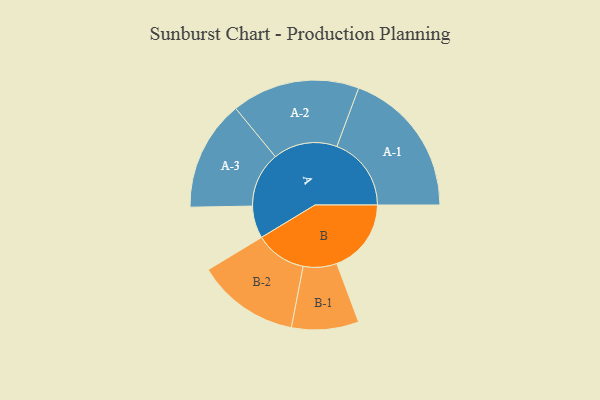
{"axis": {"x": "Segment", "y": "Value"}, "legend": ["", "A", "B"], "data": [{"x": "A", "y": 106, "type": ""}, {"x": "B", "y": 244, "type": ""}, {"x": "A-1", "y": 244, "type": "A"}, {"x": "A-2", "y": 210, "type": "A"}, {"x": "A-3", "y": 181, "type": "A"}, {"x": "B-1", "y": 110, "type": "B"}, {"x": "B-2", "y": 168, "type": "B"}]}